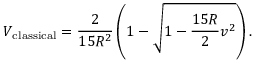
V _ { \mathrm { c l a s s i c a l } } = \frac { 2 } { 1 5 R ^ { 2 } } \left( 1 - \sqrt { 1 - \frac { 1 5 R } { 2 } v ^ { 2 } } \right) .